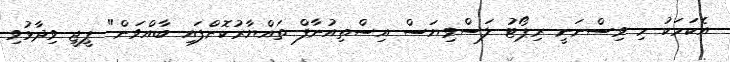
އެކަމަކު މި ވިސްނަނީ ރިޕޯޓު ލަސްވިޔަސް އިސްތިއުނާފް ތައްޔާރުކޮށްފައި ބާއްވަން" ޕީޖީ ވިދާޅުވި